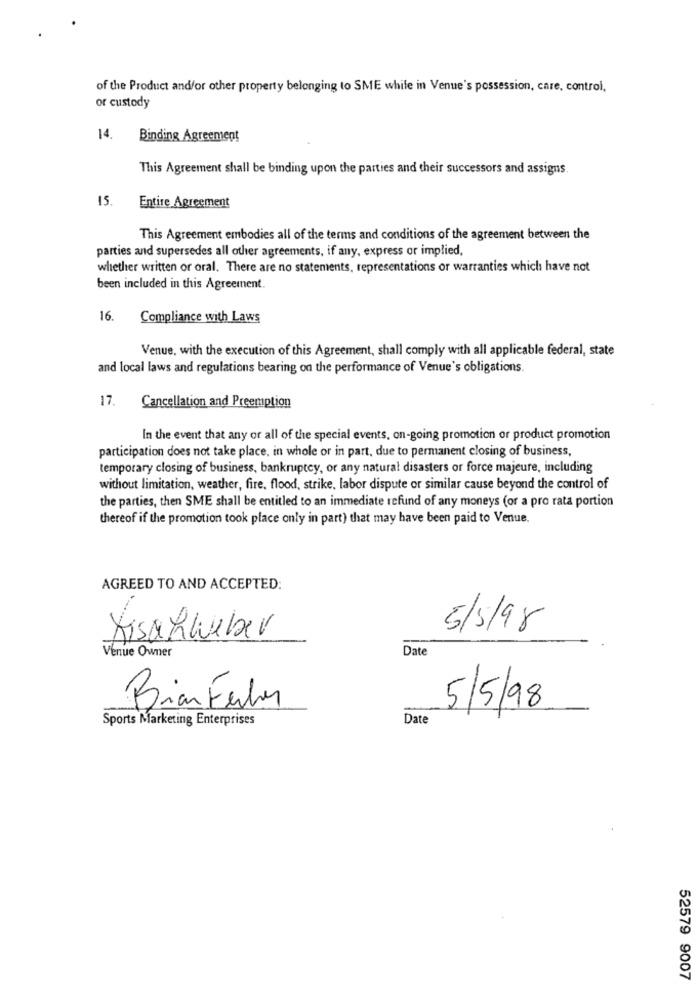
of the Product and/or other property belonging to SME while in Venue's possession, care, control,
or custody
14.
Binding Agreement
This Agreement shall be binding upon the parties and their successors and assigns.
15
Entire Agreement
This Agreement embodies all of the terms and conditions of the agreement between the
parties and supersedes all other agreements, if any, express or implied,
whether written or oral. There are no statements, representations or warranties which have not
been included in this Agreement.
16.
Compliance with Laws
Venue, with the execution of this Agreement, shall comply with all applicable federal, state
and local laws and regulations bearing on the performance of Venue's obligations.
17. Cancellation and Preemption
In the event that any or all of the special events, on-going promotion or product promotion
participation does not take place, in whole or in part, due to permanent closing of business,
temporary closing of business, bankruptcy, or any natural disasters or force majeure, including
without limitation, weather, fire, flood, strike, labor dispute or similar cause beyond the control of
the parties, then SME shall be entitled to an immediate refund of any moneys (or a pro rata portion
thereof if the promotion took place only in part) that may have been paid to Venue.
AGREED TO AND ACCEPTED:
5/5/98
Kisahweber
Venue Owner
Date
5/5/98
Biar Feiler
Sports Marketing Enterprises
Date
52579 9007